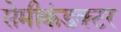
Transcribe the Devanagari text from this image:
सेमीकंडक्‍टर